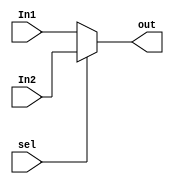
`timescale 1ns / 1ps
//////////////////////////////////////////////////////////////////////////////////
// Company: 
// Engineer: 
// 
// Design Name: 
// Module Name: 2X1_MUX
// Project Name: 
// Target Devices: 
// Tool Versions: 
// Description: 
// 
// Dependencies: 
// 
// Revision:
// Revision 0.01 - File Created
// Additional Comments:
// 
//////////////////////////////////////////////////////////////////////////////////


module MUX
    #(parameter N=32)(
    input [N-1:0] In1,
    input [N-1:0] In2,
    input sel,
    output [N-1:0] out
    );
    assign out = sel ? In2 : In1;
endmodule